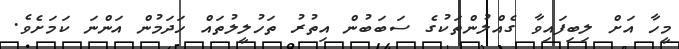
މީހާ އަށް ލިބިފައިވާ ގެއްލުންތަކުގެ ސަބަބުން އިތުރު ތަހުލީލުތައް ހަދަމުން އަންނަ ކަމަށެވެ.